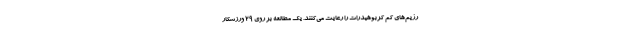
رژیم‌های کم کربوهیدرات را رعایت می‌کنند. یک مطالعه بر روی 29 ورزشکار